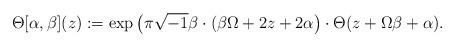
LaTeX: \begin{align*} \Theta[\alpha,\beta](z) := \exp \left(\pi \sqrt{-1} \beta \cdot (\beta \Omega + 2 z + 2 \alpha \right) \cdot \Theta(z + \Omega \beta + \alpha).\end{align*}